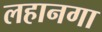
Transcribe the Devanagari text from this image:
लहानगा